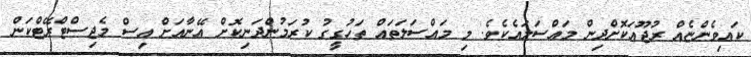
ކައިވެންޏެއް ރުޖޫއަކޮށްދިން މައްސަލައެކެވެ. މި މައްސަލަތައް ތަހުގީގު ކުރަމުންދަނިކޮށް އޭނާއަށް އިސް މެޖިސްޓްރޭޓްކަން